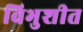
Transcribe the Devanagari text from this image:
विभुशीत